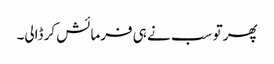
پھر تو سب نے ہی فرمائش کر ڈالی۔